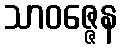
သာဝဇ္ဇေန